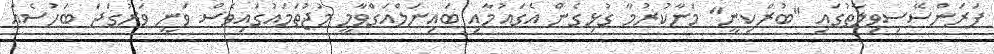
ފަރަންސޭސިވިލާތުގައި "ބުރްކިނީ" މަނާކުރުމާ ގުޅިގެން އެގައުމާއި ބައިނަލްއަގްވާމީ މުޖުތަމައުގައިވެސް ވަނީ ވަރުގަދަ ބަހުސެއް